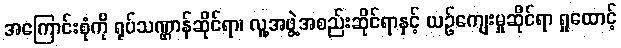
အကြောင်းစုံကို ရုပ်သဏ္ဌာန်ဆိုင်ရာ၊ လူ့အဖွဲ့အစည်းဆိုင်ရာနှင့် ယဉ်ကျေးမှုဆိုင်ရာ ရှုထောင့်